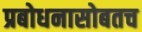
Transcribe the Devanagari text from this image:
प्रबोधनासोबतच